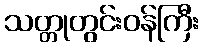
သတ္တုတွင်းဝန်ကြီး